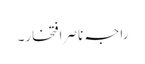
راجہ ناصر افتخار۔